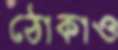
ঠোকাও